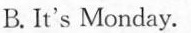
B.It's Monday.